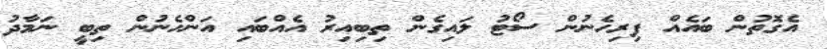
އެގޮތުން ބައެއް ފިރިހެނުން ސޯޓު ލައިގެން ތިބިއިރު އެއްބައި އަންހެނުން ތިބީ ނަމާދު